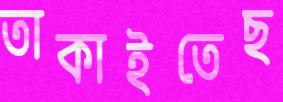
তাকাইতেছ